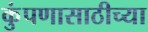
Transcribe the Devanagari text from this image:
कुंपणासाठीच्या